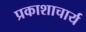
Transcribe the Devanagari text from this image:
प्रकाशाचार्य